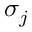
\sigma _ { j }